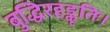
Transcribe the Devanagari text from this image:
बुद्धिरहङ्कृतिः।